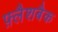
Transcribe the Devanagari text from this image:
फ़्लैशबैक